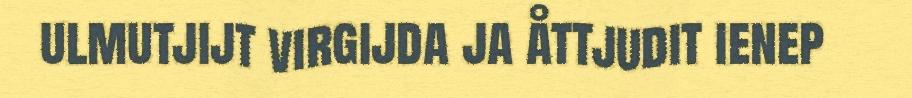
ulmutjijt virgijda ja åttjudit ienep